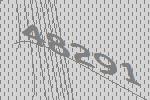
48291